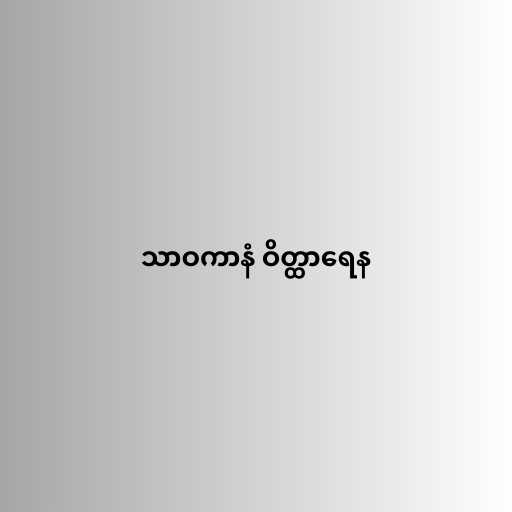
သာဝကာနံ ဝိတ္ထာရေန